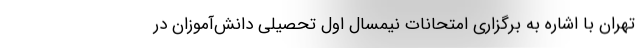
تهران با اشاره به برگزاری امتحانات نیمسال اول تحصیلی دانش‌آموزان در